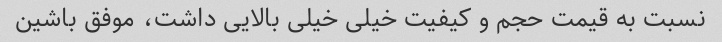
نسبت به قیمت حجم و کیفیت خیلی خیلی بالایی داشت، موفق باشین